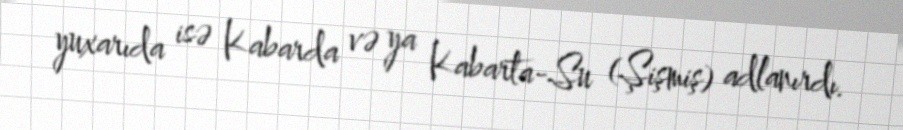
yuxarıda isə Kabarda və ya Kabarta-Su (Şişmiş) adlanırdı.